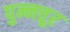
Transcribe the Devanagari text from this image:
पुन्नत्तूर